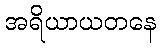
အရိယာယတနေ